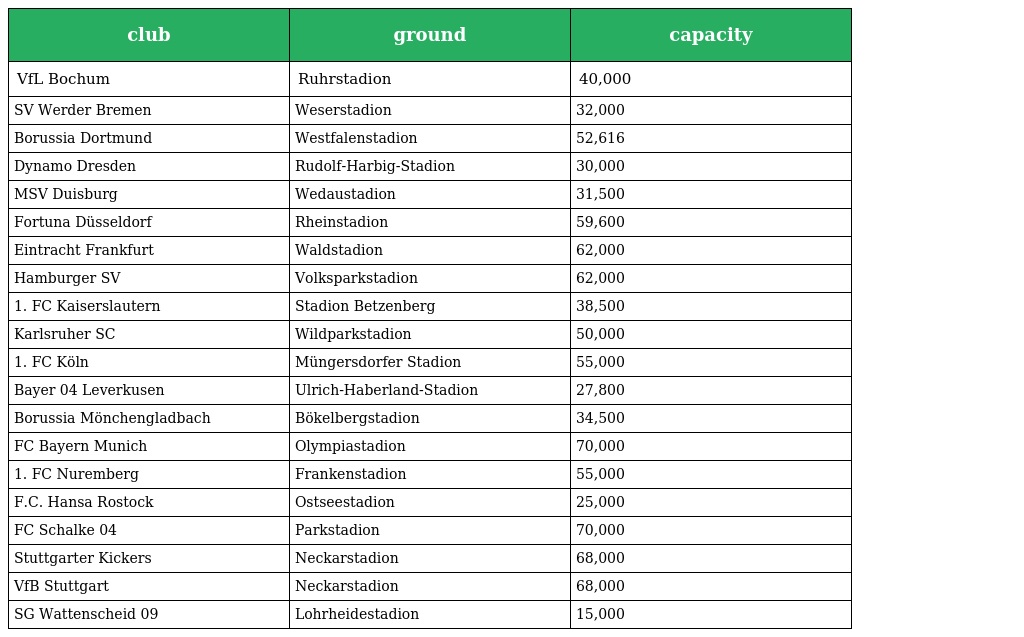
| club | ground | capacity |
 | --- | --- | --- |
 | VfL Bochum | Ruhrstadion | 40,000 |
 | SV Werder Bremen | Weserstadion | 32,000 |
 | Borussia Dortmund | Westfalenstadion | 52,616 |
 | Dynamo Dresden | Rudolf-Harbig-Stadion | 30,000 |
 | MSV Duisburg | Wedaustadion | 31,500 |
 | Fortuna Düsseldorf | Rheinstadion | 59,600 |
 | Eintracht Frankfurt | Waldstadion | 62,000 |
 | Hamburger SV | Volksparkstadion | 62,000 |
 | 1. FC Kaiserslautern | Stadion Betzenberg | 38,500 |
 | Karlsruher SC | Wildparkstadion | 50,000 |
 | 1. FC Köln | Müngersdorfer Stadion | 55,000 |
 | Bayer 04 Leverkusen | Ulrich-Haberland-Stadion | 27,800 |
 | Borussia Mönchengladbach | Bökelbergstadion | 34,500 |
 | FC Bayern Munich | Olympiastadion | 70,000 |
 | 1. FC Nuremberg | Frankenstadion | 55,000 |
 | F.C. Hansa Rostock | Ostseestadion | 25,000 |
 | FC Schalke 04 | Parkstadion | 70,000 |
 | Stuttgarter Kickers | Neckarstadion | 68,000 |
 | VfB Stuttgart | Neckarstadion | 68,000 |
 | SG Wattenscheid 09 | Lohrheidestadion | 15,000 |